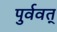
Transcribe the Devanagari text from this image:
पुर्ववत्